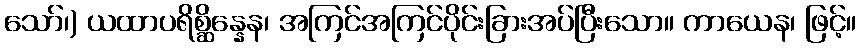
သော်၊) ယထာပရိစ္ဆိန္နေန၊ အကြင်အကြင်ပိုင်းခြားအပ်ပြီးသော။ ကာယေန၊ ဖြင့်။